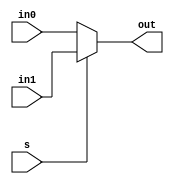
`timescale 1ns / 1ps
module Mux
	#(parameter n = 2)
	(
	input [n-1:0]in0,
	input [n-1:0]in1,
	input s,
	output reg[n-1:0] out
    );
	 always@(*)
		begin
			if (s == 1'b1) begin out = in1;end
			else begin out = in0; end
		end
endmodule